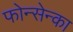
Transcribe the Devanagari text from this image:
फोन्सेन्का